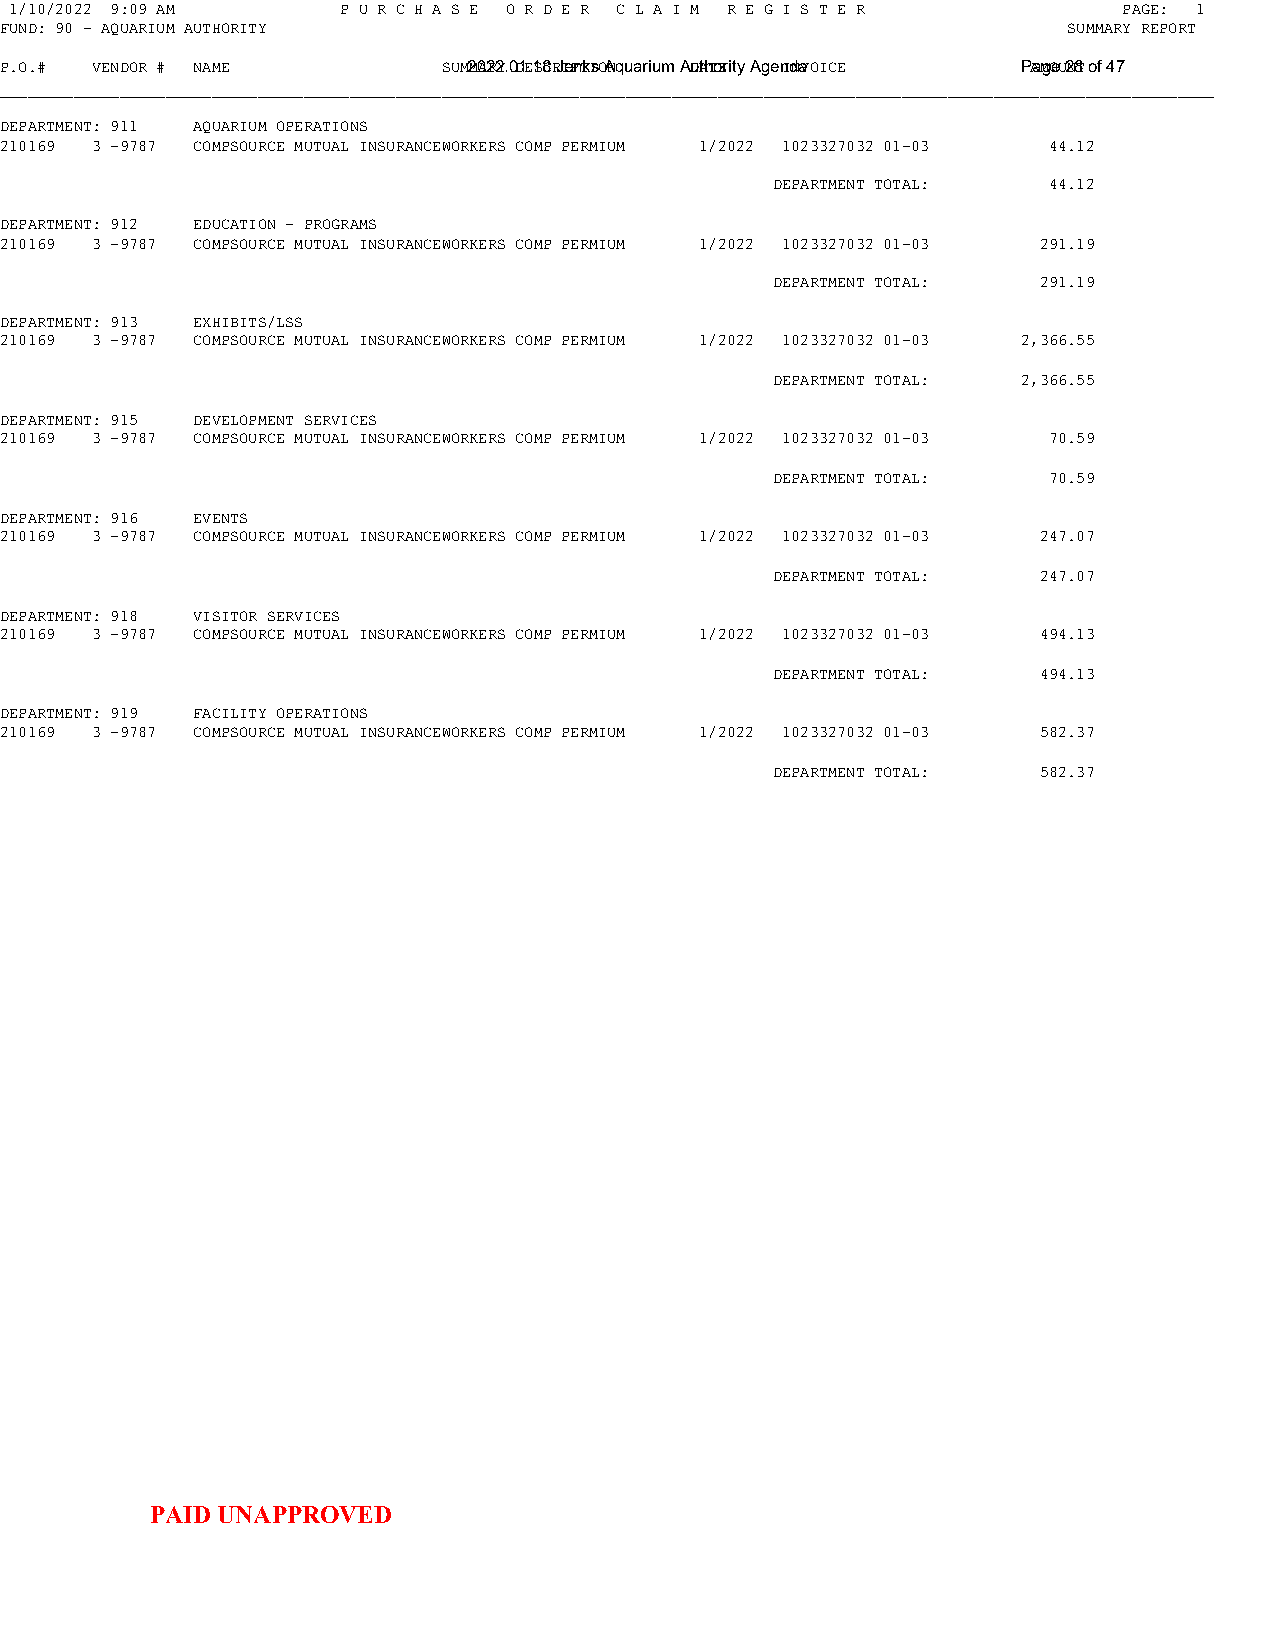
1/10/2022 9:09 AM     P U R C H A S E O R D E R C L A I M R E G I S T E R PAGE: 1
 FUND: 90 - AQUARIUM AUTHORITY                                          SUMMARY REPORT
 P.O.# VENDOR # NAME          SUM2M0A2R2Y. 0D1E.1S8C RJIePnTkIsO ANq u a r iu m A DuAthToEr it y A g e nIdNaVOICE PAaMgOeU 2N8T of 47
 ____________________________________________________________________________________________________________________________________
 DEPARTMENT: 911 AQUARIUM OPERATIONS
 210169 3 -9787 COMPSOURCE MUTUAL INSURANCEWORKERS COMP PERMIUM 1/2022 1023327032 01-03 44.12
 DEPARTMENT TOTAL: 44.12
 DEPARTMENT: 912 EDUCATION - PROGRAMS
 210169 3 -9787 COMPSOURCE MUTUAL INSURANCEWORKERS COMP PERMIUM 1/2022 1023327032 01-03 291.19
 DEPARTMENT TOTAL: 291.19
 DEPARTMENT: 913 EXHIBITS/LSS
 210169 3 -9787 COMPSOURCE MUTUAL INSURANCEWORKERS COMP PERMIUM 1/2022 1023327032 01-03 2,366.55
 DEPARTMENT TOTAL: 2,366.55
 DEPARTMENT: 915 DEVELOPMENT SERVICES
 210169 3 -9787 COMPSOURCE MUTUAL INSURANCEWORKERS COMP PERMIUM 1/2022 1023327032 01-03 70.59
 DEPARTMENT TOTAL: 70.59
 DEPARTMENT: 916 EVENTS
 210169 3 -9787 COMPSOURCE MUTUAL INSURANCEWORKERS COMP PERMIUM 1/2022 1023327032 01-03 247.07
 DEPARTMENT TOTAL: 247.07
 DEPARTMENT: 918 VISITOR SERVICES
 210169 3 -9787 COMPSOURCE MUTUAL INSURANCEWORKERS COMP PERMIUM 1/2022 1023327032 01-03 494.13
 DEPARTMENT TOTAL: 494.13
 DEPARTMENT: 919 FACILITY OPERATIONS
 210169 3 -9787 COMPSOURCE MUTUAL INSURANCEWORKERS COMP PERMIUM 1/2022 1023327032 01-03 582.37
 DEPARTMENT TOTAL: 582.37
 PAID UNAPPROVED